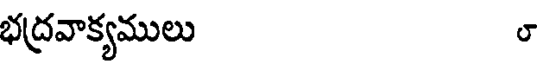
భద్రవాక్యములు ౮